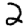
Digit: 2